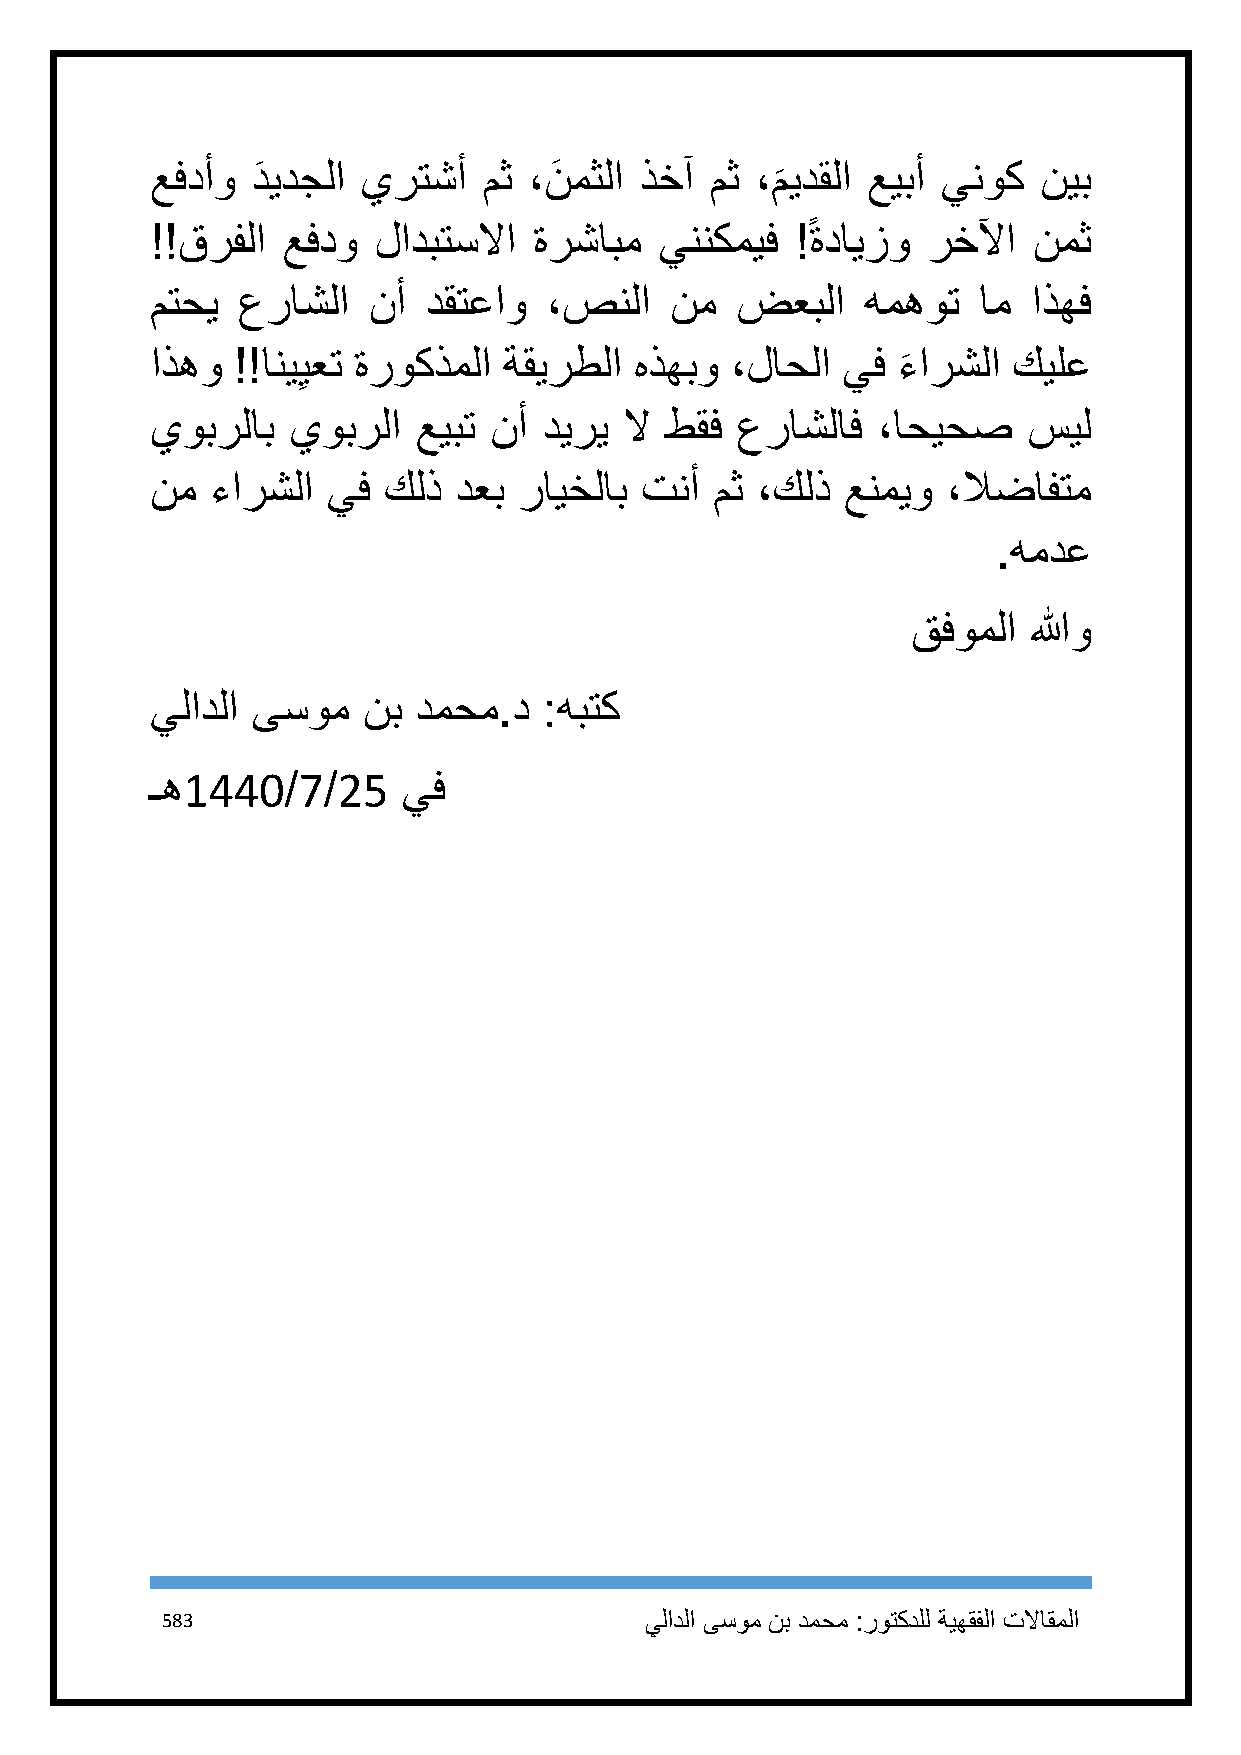
عفدأو  دَ يدجلا يرتشأ مث ،نَ مثلا ذخآ مث ،ميدقلا عيبأ ينوك نيب
 َ
 !!قرفلا  عفدو  لادبتسلاا ةرشابم   يننكميف  !ً ةدايزو رخلآا نمث
 متحي  عراشلا  نأ  دقتعاو  ،صنلا   نم   ضعبلا   همهوت   ام اذهف
 اذهو !!انيِيعت ةروكذملا ةقيرطلا هذهبو ،لاحلا  يف ء
 َ
 ارشلا كيلع
 يوبرلاب  يوبرلا   عيبت نأ ديري لا طقف  عراشلاف  ،احيحص    سيل
 نم  ءارشلا  يف كلذ  دعب رايخلاب تنأ  مث ،كلذ  عنميو  ،لاضافتم
 .همدع
 قفوملا  اللهو
 يلادلا ىسوم   نب دمحم.د   :هبتك
 ـه1441/7/25      يف
 583                             يلادلا ىسوم نب دمحم :روتكدلل ةيهقفلا تلااقملا